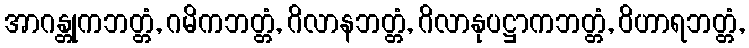
အာဂန္တုကဘတ္တံ, ဂမိကဘတ္တံ, ဂိလာနဘတ္တံ, ဂိလာနုပဋ္ဌာကဘတ္တံ, ဝိဟာရဘတ္တံ,